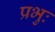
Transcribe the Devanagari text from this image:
प्रभुः